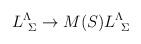
LaTeX: \begin{align*}L^\Lambda _{\ \Sigma}\to M(S) L^\Lambda_{\ \Sigma}\end{align*}